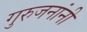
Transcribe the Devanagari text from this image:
गुरुजनांनी